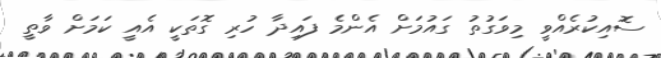
ސޮއިކުރެއްވީ މިވަގުތު ގައުމަށް އެންމެ ފައިދާ ހުރި ގޮތަކީ އެއީ ކަމަށް ވާތީ